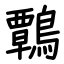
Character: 鷣